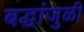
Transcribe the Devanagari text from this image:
बद्धांजुळी